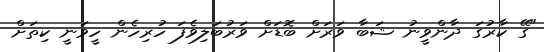
"ގޭ ކާރުގަ ދާންވީނު ޝަބާ ވަރަށް ބޮޑަށް ވަރުބަލިވެފަ ހުރިހެން ހީވަނީ ކިތަށް